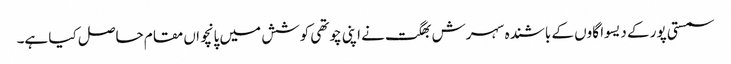
سمستی پور کے دیسوا گاوں کے باشندہ سہرش بھگت نے اپنی چوتھی کوشش میں پانچواں مقام حاصل کیا ہے۔